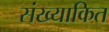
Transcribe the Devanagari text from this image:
संख्याकित